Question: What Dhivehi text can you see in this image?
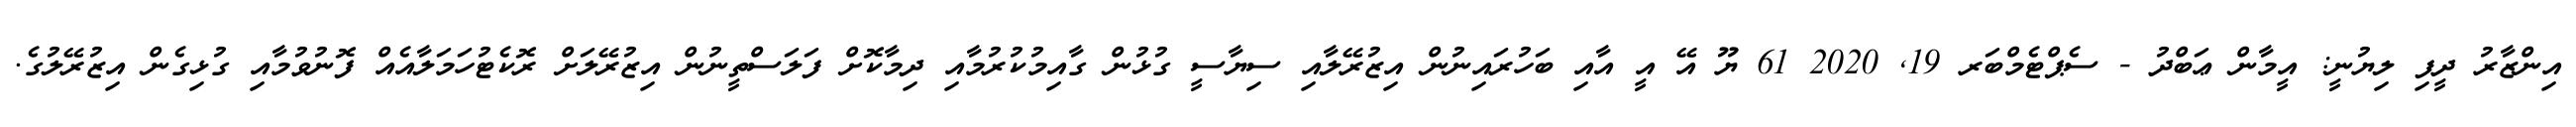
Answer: އިންޒާރު ދީފި ލިޔުނީ: އީމާން ޢަބްދު - ސެޕްޓެމްބަރ 19, 2020 61 ޔޫ އޭ އީ އާއި ބަހުރައިނުން އިޒުރޭލާއި ސިޔާސީ ގުޅުން ގާއިމުކުރުމާއި ދިމާކޮށް ފަލަސްތީނުން އިޒުރޭލަށް ރޮކެޓުހަމަލާއެއް ފޮނުވުމާއި ގުޅިގެން އިޒުރޭލުގެ.